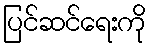
ပြင်ဆင်ရေးကို